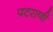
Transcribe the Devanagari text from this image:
पटराणी